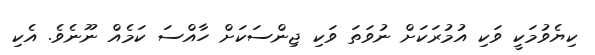
ކިޔެވުމަކީ ވަކި އުމުރަކަށް ނުވަތަ ވަކި ޖިންސަކަށް ހާއްސަ ކަމެއް ނޫނެވެ. އެކި